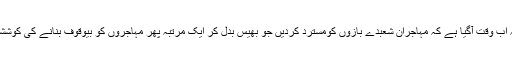
انہوں نے کہاکہ اب وقت آگیا ہے کہ مہاجران شعبدے بازوں کومسترد کردیں جو بھیس بدل کر ایک مرتبہ پھر مہاجروں کو بیوقوف بنانے کی کوششیں کررہے ہیں۔